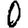
Digit: 0